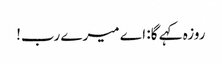
روزہ کہے گا: اے میرے رب!